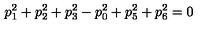
p _ { 1 } ^ { 2 } + p _ { 2 } ^ { 2 } + p _ { 3 } ^ { 2 } - p _ { 0 } ^ { 2 } + p _ { 5 } ^ { 2 } + p _ { 6 } ^ { 2 } = 0